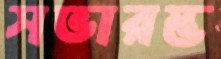
সভারম্ভ